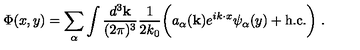
\Phi ( x , y ) = \sum _ { \alpha } \int \frac { d ^ { 3 } { \bf k } } { ( 2 \pi ) ^ { 3 } } \frac { 1 } { 2 k _ { 0 } } \biggl ( a _ { \alpha } ( { \bf k } ) e ^ { i k \cdot x } \psi _ { \alpha } ( y ) + \mathrm { h . c . } \biggr ) \ .